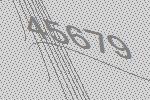
45679